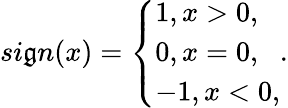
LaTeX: si\mathfrak{g}n(x)=\left\{ \begin{array}{ll}{1,x>0,}\\ {0,x=0,}\\ {-1,x<0,}\end{array}\right..